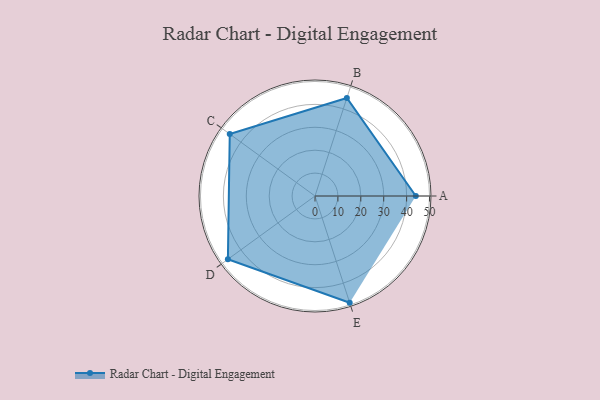
{"axis": {"x": "Skill", "y": "Score"}, "legend": ["Profile"], "data": [{"x": "A", "y": 44.0, "type": "Profile"}, {"x": "B", "y": 45.0, "type": "Profile"}, {"x": "C", "y": 46.0, "type": "Profile"}, {"x": "D", "y": 47.0, "type": "Profile"}, {"x": "E", "y": 49.0, "type": "Profile"}]}